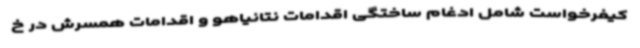
کیفرخواست شامل ادغام ساختگی اقدامات نتانیاهو و اقدامات همسرش در خ